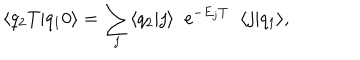
\langle q _ { 2 } T | q _ { 1 } 0 \rangle = \sum _ { j } \langle q _ { 2 } | j \rangle \; \; \mathrm { e } ^ { - E _ { j } T } \; \; \langle j | q _ { 1 } \rangle ,